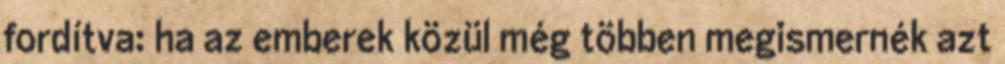
fordítva: ha az emberek közül még többen megismernék azt